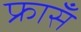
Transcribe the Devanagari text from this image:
फ्रासँ